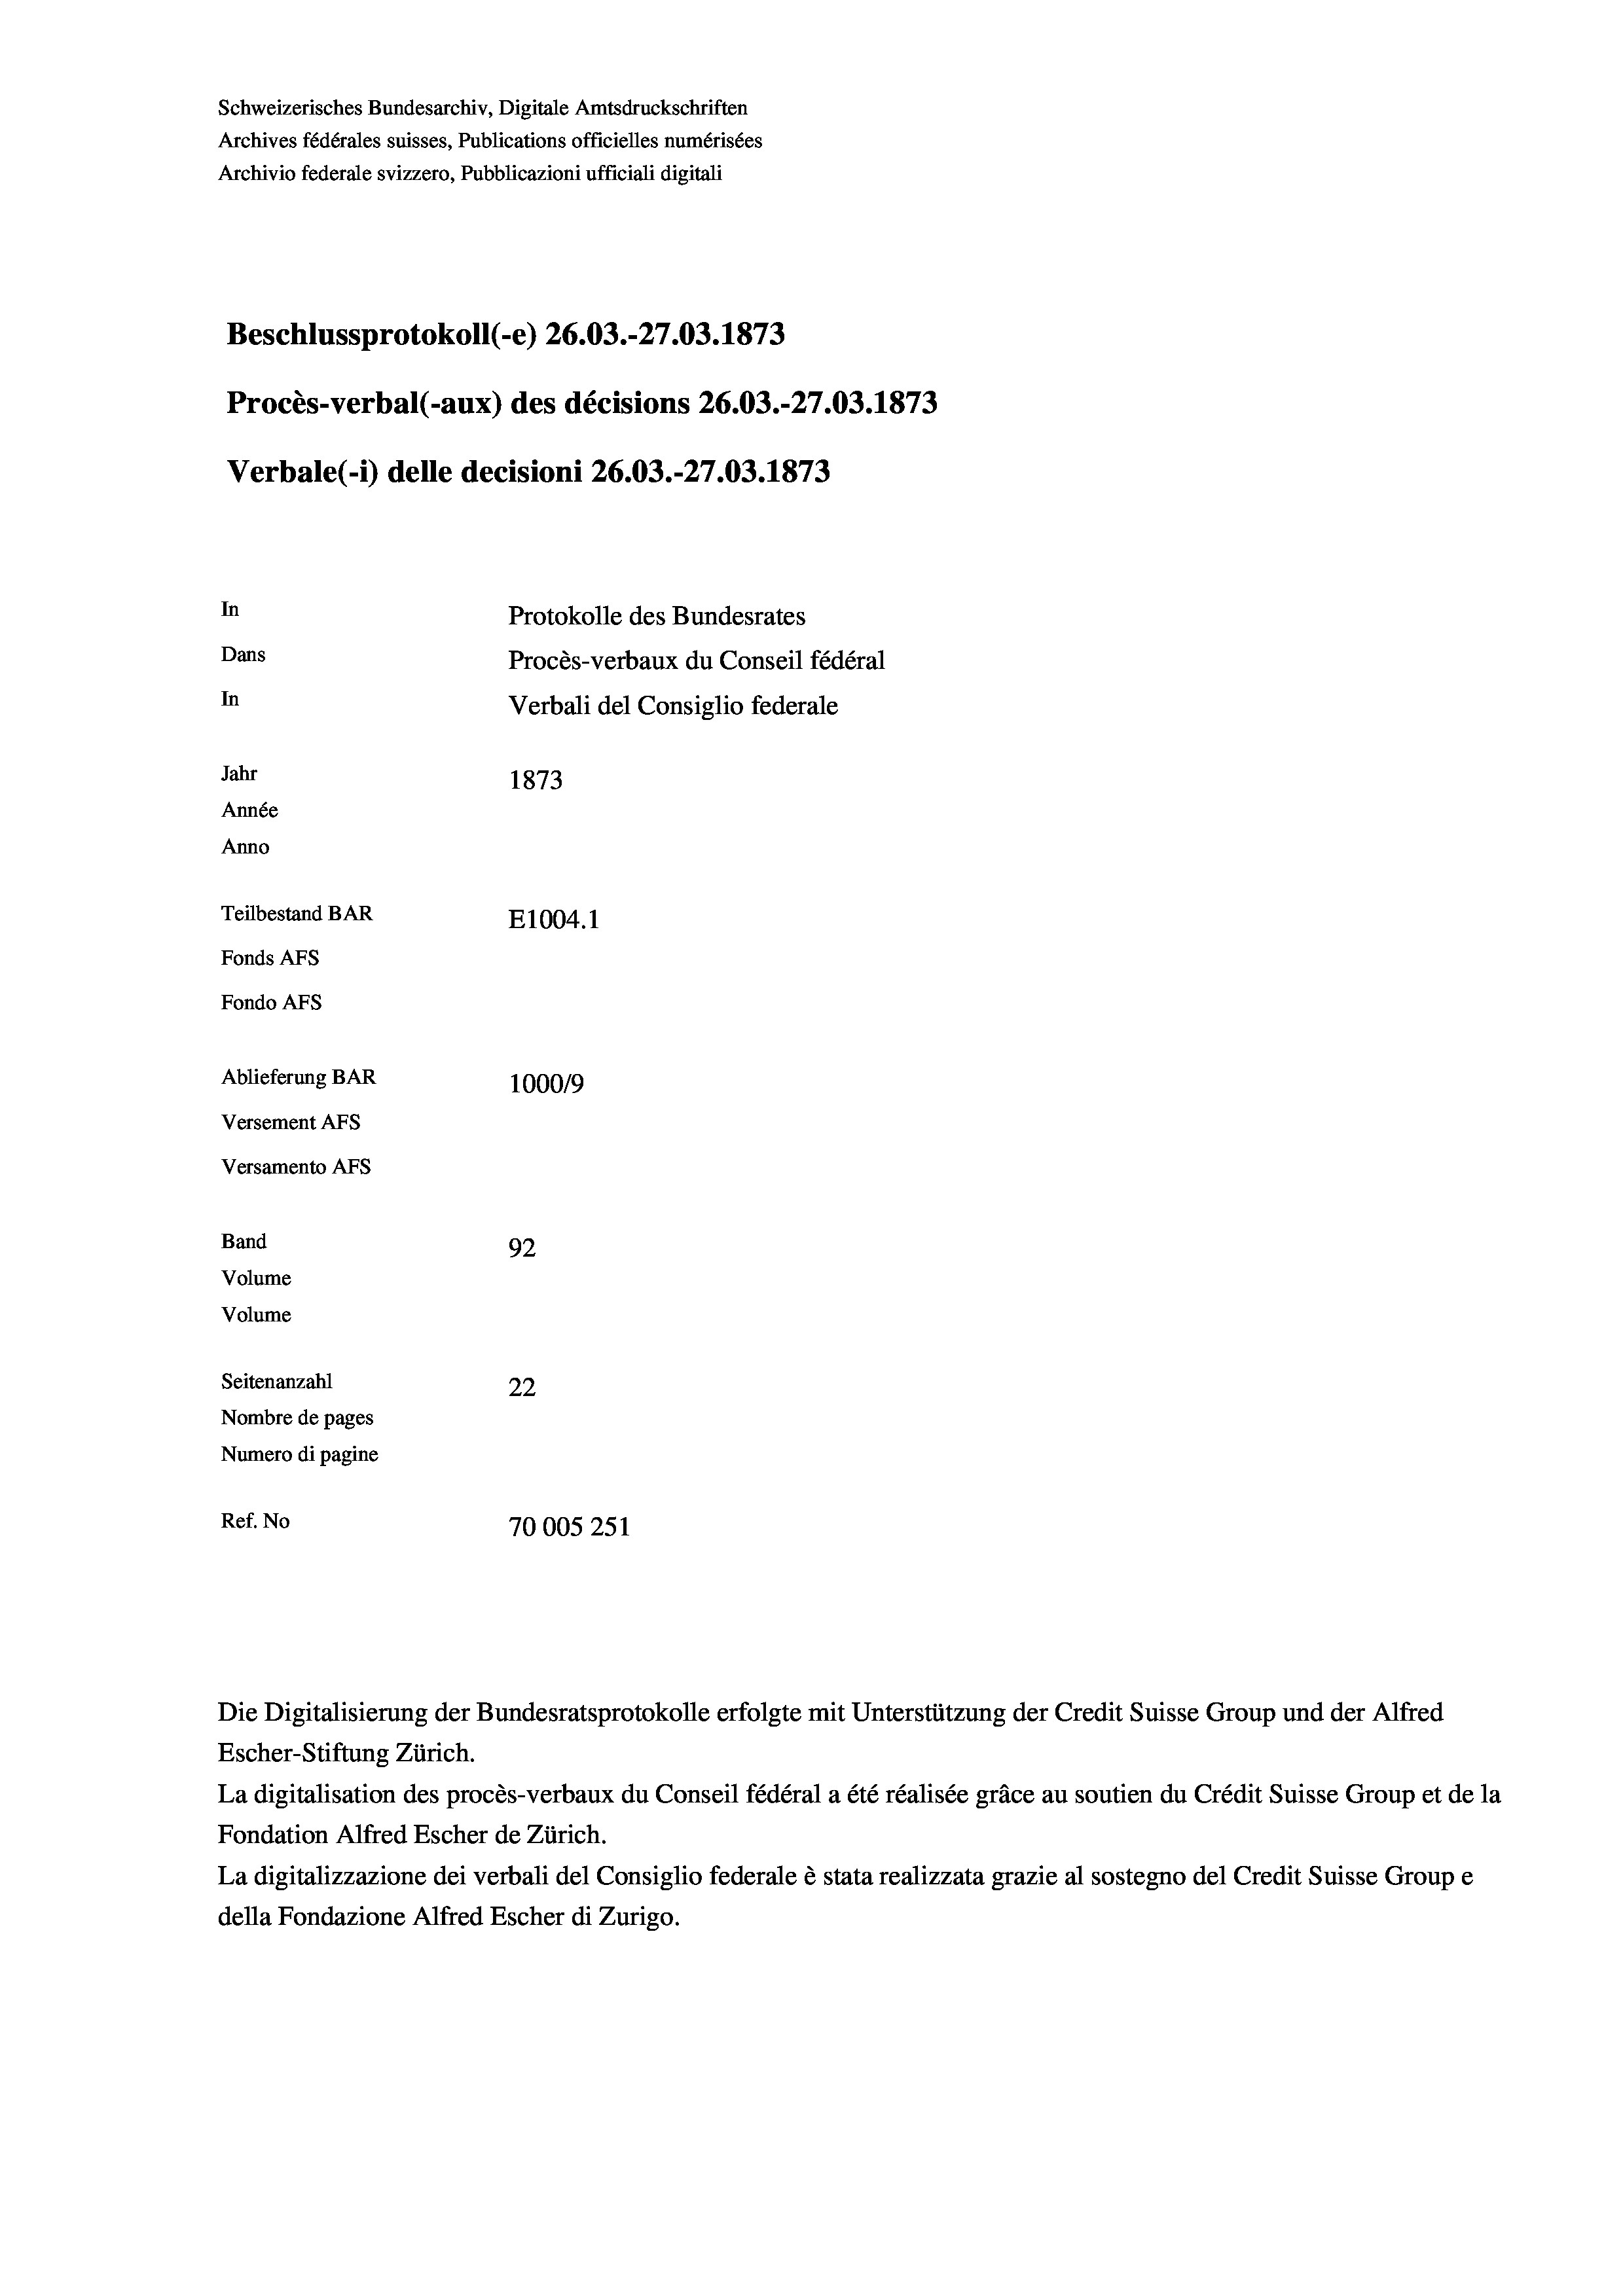
Schweizerisches Bundesarchiv, Digitale Amtsdruckschriften
Archives fédérales suisses, Publications officielles numérisées
Archivio federale svizzero, Pubblicazioni ufficiali digitali
Beschlussprotokoll (-e) 26.03.-27.03. 1873
Procès-verbal (-aux) des décisions 26.03.-27.03. 1873
Verbale (i) delle decisioni 26.03.-27.03. 1873
In
Protokolle des Bundesrates
Dans
Procès-verbaux du Conseil fédéral
In
Verbali del Consiglio federale
Jahr
1873
Année
Anno
Teilbestand BAR
E1004.1
Fonds AEs
Fondo AFS
Ablieferung BAR
100019
Versement AFs
Versamento Afs

92
e
Seitenanzahl
22
Nombre de pages
Numero di pagine
Ref. No
70005251

Band
Volume
Volume

Escher-Stiftung Zürich.
La digitalisation des procès-verbaux du Conseil fédéral a été réalisée gräce au soutien du Crédit Suisse Group et de la
Fondation Alfred Escher de Zürich.
La digitalizzazione dei verbali del Consiglio federale è stata realizzata grazie al sostegno del Credit Suisse Groupe
della Fondazione Alfred Escher di Zurigo.

Die Digitalisierung der Bundesratsprotokolle erfolgte mit Unterstützung der Credit Suisse Group und der Alfred